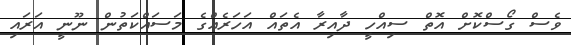
ވެސް ގޯސްކޮށް އޮތް ސިއްހީ ދާއިރާ އެތައް އަހަރެއްގެ މަސައްކަތުން ނޫނީ އަރައި